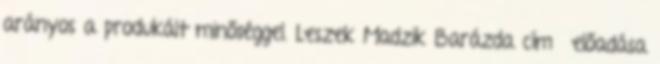
arányos a produkált minőséggel. Leszek Madzik Barázda című előadása